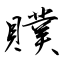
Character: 贌